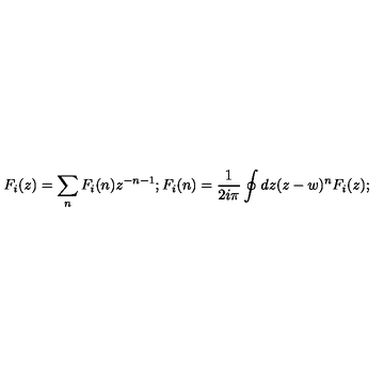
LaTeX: F _ { i } ( z ) = \sum _ { n } F _ { i } ( n ) z ^ { - n - 1 } ; F _ { i } ( n ) = \frac { 1 } { 2 i \pi } \oint { d z ( z - w ) ^ { n } F _ { i } ( z ) } ;